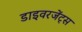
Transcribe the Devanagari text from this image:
डाइवरजेंट्स